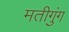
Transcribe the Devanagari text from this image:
मतीगुंग